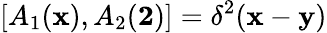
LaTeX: [A_{1}({\mathbf x}),A_{2}({\mathbf 2})]=\delta^{2}({\mathbf x}-{\mathbf y})